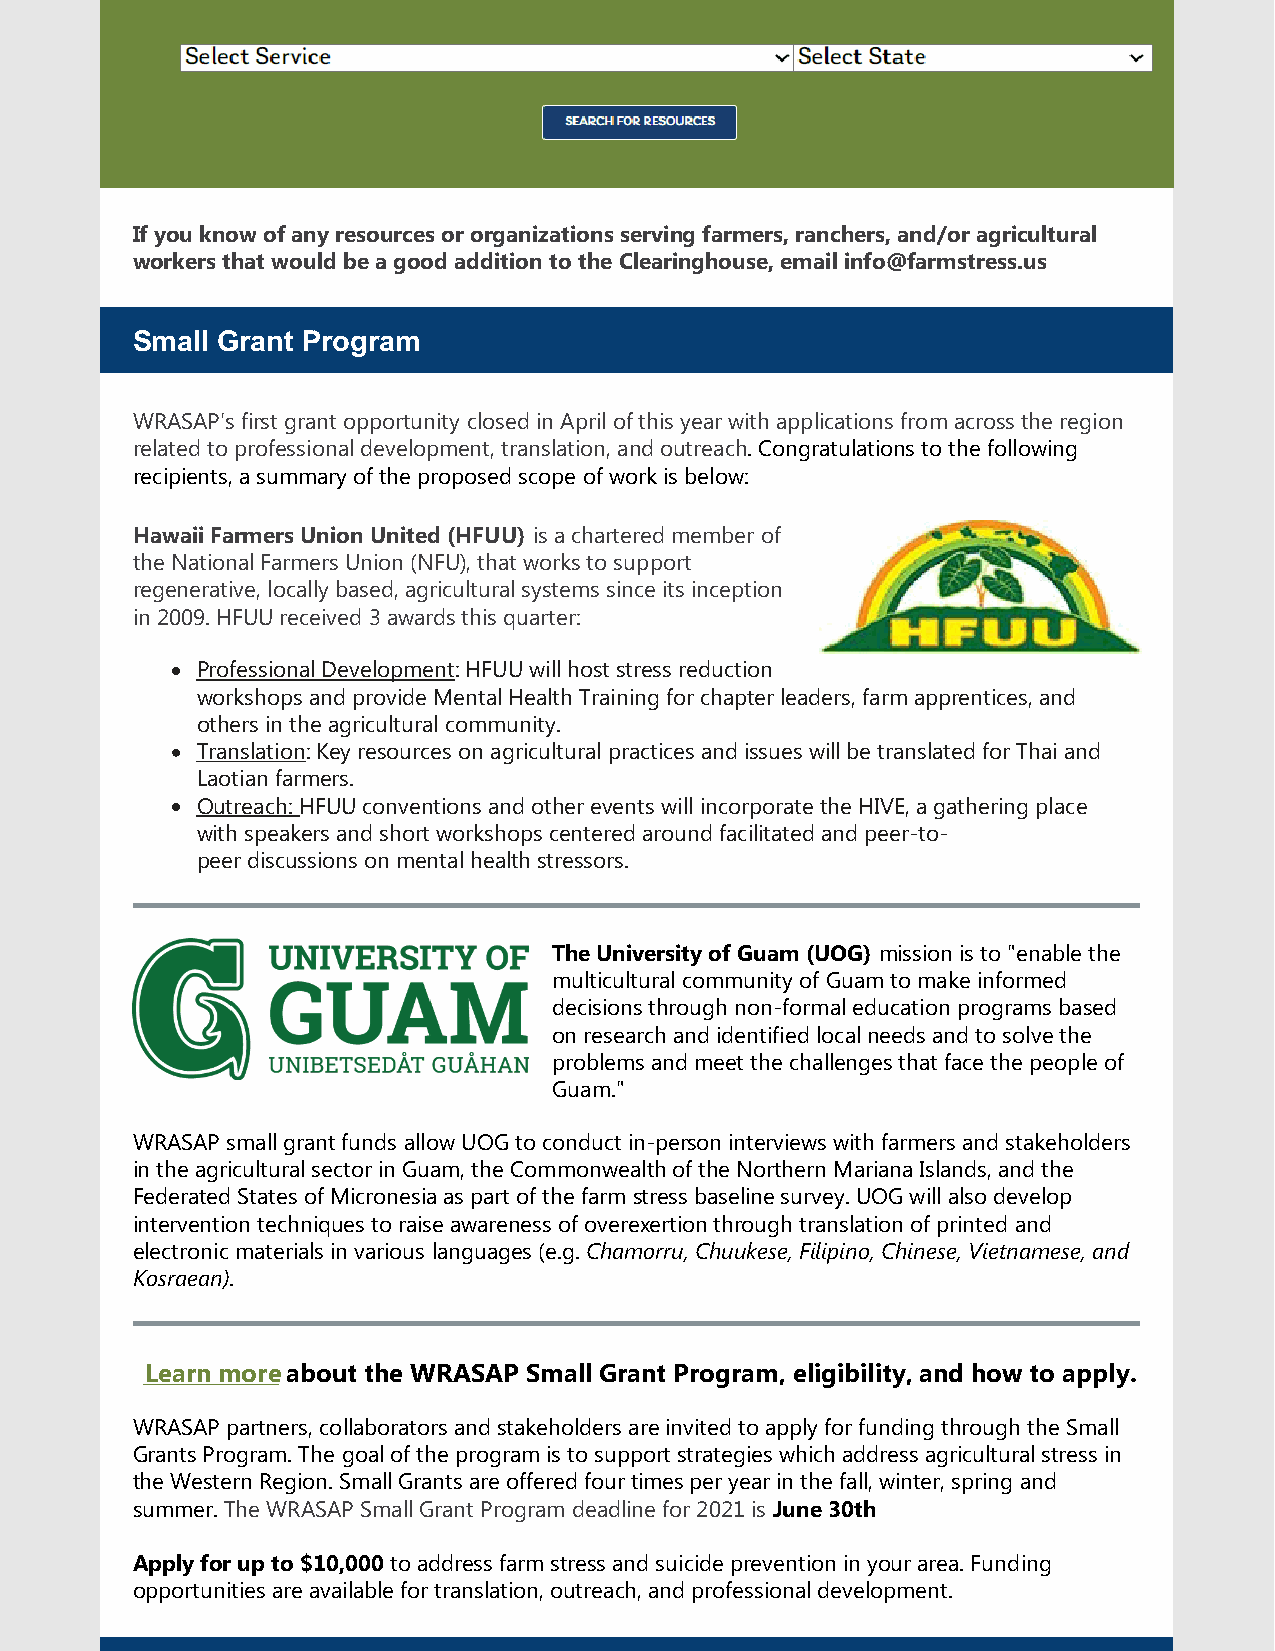
If you know of any resources or organizations serving farmers, ranchers, and/or agricultural
 workers that would be a good addition to the Clearinghouse, email info@farmstress.us
 Small Grant Program
 WRASAP's first grant opportunity closed in April of this year with applications from across the region
 related to professional development, translation, and outreach. Congratulations to the following
 recipients, a summary of the proposed scope of work is below:
 Hawaii Farmers Union United (HFUU) is a chartered member of
 the National Farmers Union (NFU), that works to support
 regenerative, locally based, agricultural systems since its inception
 in 2009. HFUU received 3 awards this quarter:
 Professional Development: HFUU will host stress reduction
 workshops and provide Mental Health Training for chapter leaders, farm apprentices, and
 others in the agricultural community.
 Translation: Key resources on agricultural practices and issues will be translated for Thai and
 Laotian farmers.
 Outreach: HFUU conventions and other events will incorporate the HIVE, a gathering place
 with speakers and short workshops centered around facilitated and peer-to-
 peer discussions on mental health stressors.
 The University of Guam (UOG) mission is to "enable the
 multicultural community of Guam to make informed
 decisions through non-formal education programs based
 on research and identified local needs and to solve the
 problems and meet the challenges that face the people of
 Guam."
 WRASAP small grant funds allow UOG to conduct in-person interviews with farmers and stakeholders
 in the agricultural sector in Guam, the Commonwealth of the Northern Mariana Islands, and the
 Federated States of Micronesia as part of the farm stress baseline survey. UOG will also develop
 intervention techniques to raise awareness of overexertion through translation of printed and
 electronic materials in various languages (e.g. Chamorru, Chuukese, Filipino, Chinese, Vietnamese, and
 Kosraean).
 Learn more about the WRASAP Small Grant Program, eligibility, and how to apply.
 WRASAP partners, collaborators and stakeholders are invited to apply for funding through the Small
 Grants Program. The goal of the program is to support strategies which address agricultural stress in
 the Western Region. Small Grants are offered four times per year in the fall, winter, spring and
 summer. The WRASAP Small Grant Program deadline for 2021 is June 30th
 Apply for up to $10,000 to address farm stress and suicide prevention in your area. Funding
 opportunities are available for translation, outreach, and professional development.